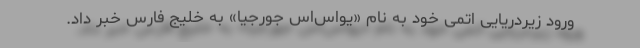
ورود زیردریایی اتمی خود به نام «یواس‌اس جورجیا» به خلیج فارس خبر داد.